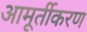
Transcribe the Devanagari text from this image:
आमूर्तीकरण